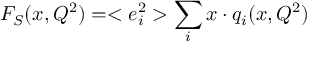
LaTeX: F _ { S } ( x , Q ^ { 2 } ) = < e _ { i } ^ { 2 } > \sum _ { i } x \cdot q _ { i } ( x , Q ^ { 2 } )